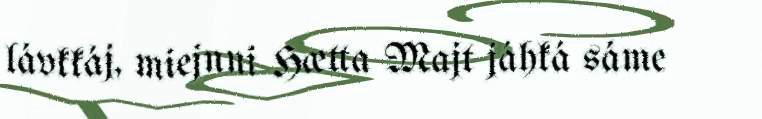
lávkkáj, miejnni Hætta Majt jáhká sáme